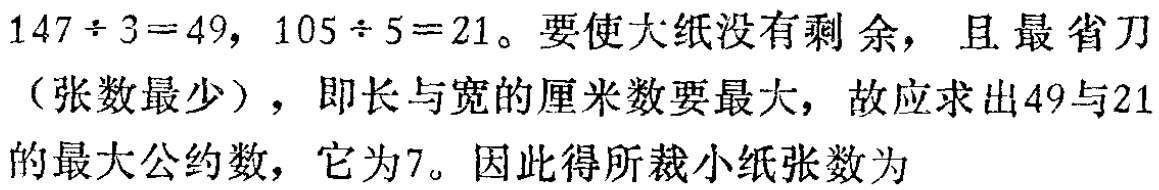
\(147\div 3 = 49,105\div 5 = 21\)。要使大纸没有剩余，且最省刀（张数最少），即长与宽的厘米数要最大，故应求出\(49\)与\(21\)的最大公约数，它为\(7\)。因此得所裁小纸张数为